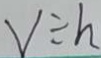
v \div h